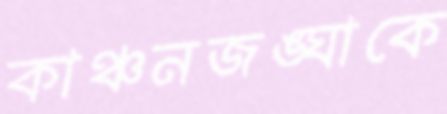
কাঞ্চনজঙ্ঘাকে